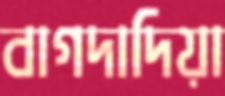
বাগদাদিয়া